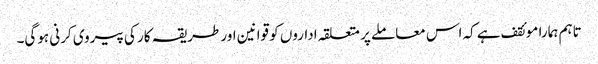
تاہم ہمارا موئقف ہے کہ اس معاملے پر متعلقہ اداروں کو قوانین اور طریقہ کار کی پیروی کرنی ہوگی۔